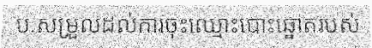
ប.សម្រួលដល់ការចុះឈ្មោះបោះឆ្នោតរបស់